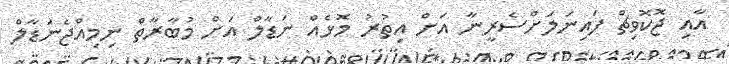
އާއި ޖޮކޮވިޗް ފައިނަލަށްސެރީނާ އަށް އިތުރު މޮޅެއް ނަޑާލް އަށް މުބާރާތް ނިމިއްޖެނަޑާލް